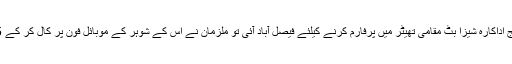
پولیس رپورٹ کے مطابق سٹیج اداکارہ شیزا بٹ مقامی تھیٹر میں پرفارم کرنے کیلئے فیصل آباد آئی تو ملزمان نے اس کے شوہر کے موبائل فون پر کال کر کے 25 ہزار روپے بھتہ طلب کیا ۔